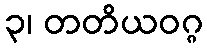
၃၊ တတိယဝဂ္ဂ